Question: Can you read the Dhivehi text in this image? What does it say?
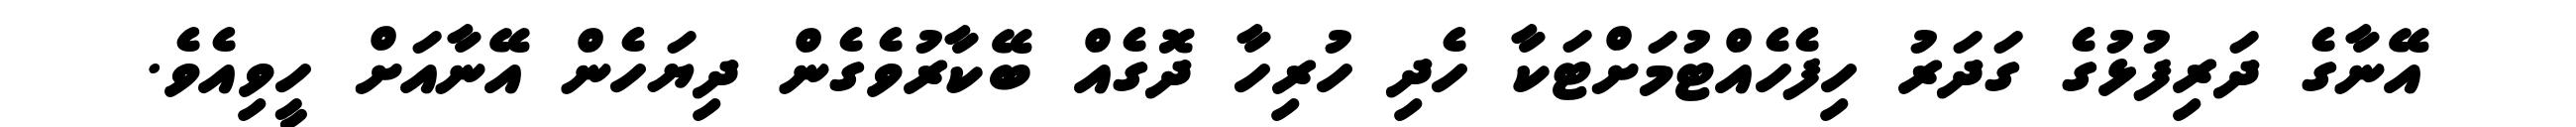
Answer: އޭނާގެ ދަރިފުޅުގެ ގަދަރު ހިފެހެއްޓުމަށްޓަކާ ހެދި ހުރިހާ ދޮގެއް ބޭކާރުވެގެން ދިޔަހެން އޭނާއަށް ހީވިއެވެ.